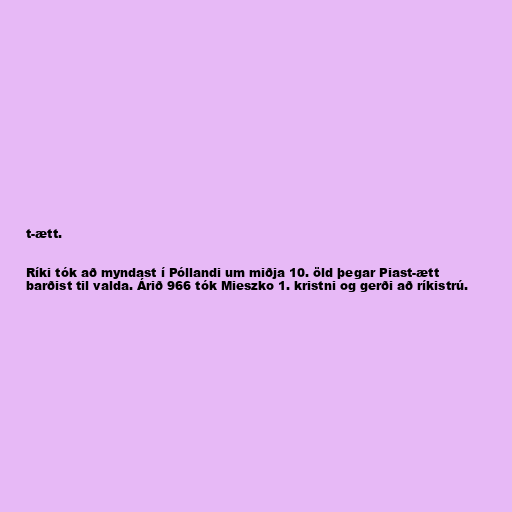
t-ætt.

Ríki tók að myndast í Póllandi um miðja 10. öld þegar Piast-ætt
barðist til valda. Árið 966 tók Mieszko 1. kristni og gerði að ríkistrú.